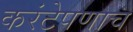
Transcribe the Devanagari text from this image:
करंटेपणाच